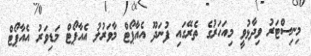
މިނިސްޓަރު ވިދާޅުވީ މިއަހަރުގެ ތެރޭގައި ފުނަދޫ އެއާޕޯޓް މާވަރުލު އެއާޕޯޓް މަޑިވަރު އެއާޕޯޓް